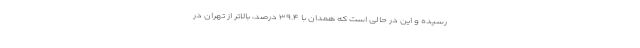
رسیده و این در حالی است که همدان با ۳۹.۴ درصد، بالاتر از تهران در